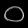
Digit: ၀